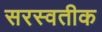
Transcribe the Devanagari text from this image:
सरस्वतीक